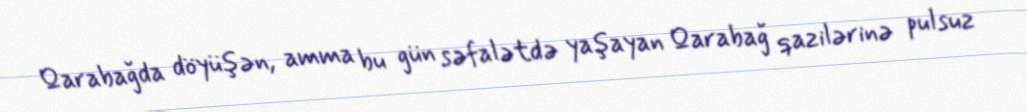
Qarabağda döyüşən, amma bu gün səfalətdə yaşayan Qarabağ qazilərinə pulsuz